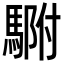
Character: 䮛